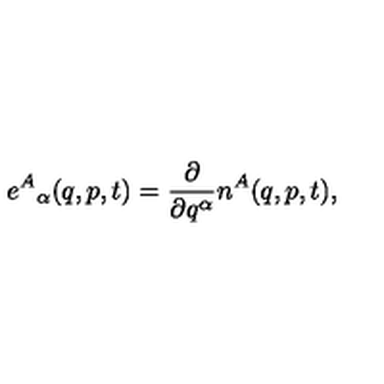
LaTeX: e ^ { A } { } _ { \alpha } ( q , p , t ) = \frac { \partial } { \partial q ^ { \alpha } } n ^ { A } ( q , p , t ) ,